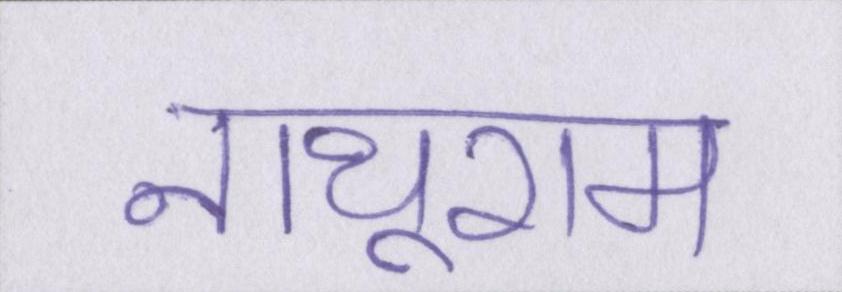
नाथूराम